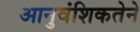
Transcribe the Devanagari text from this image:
आनुवंशिकतेने